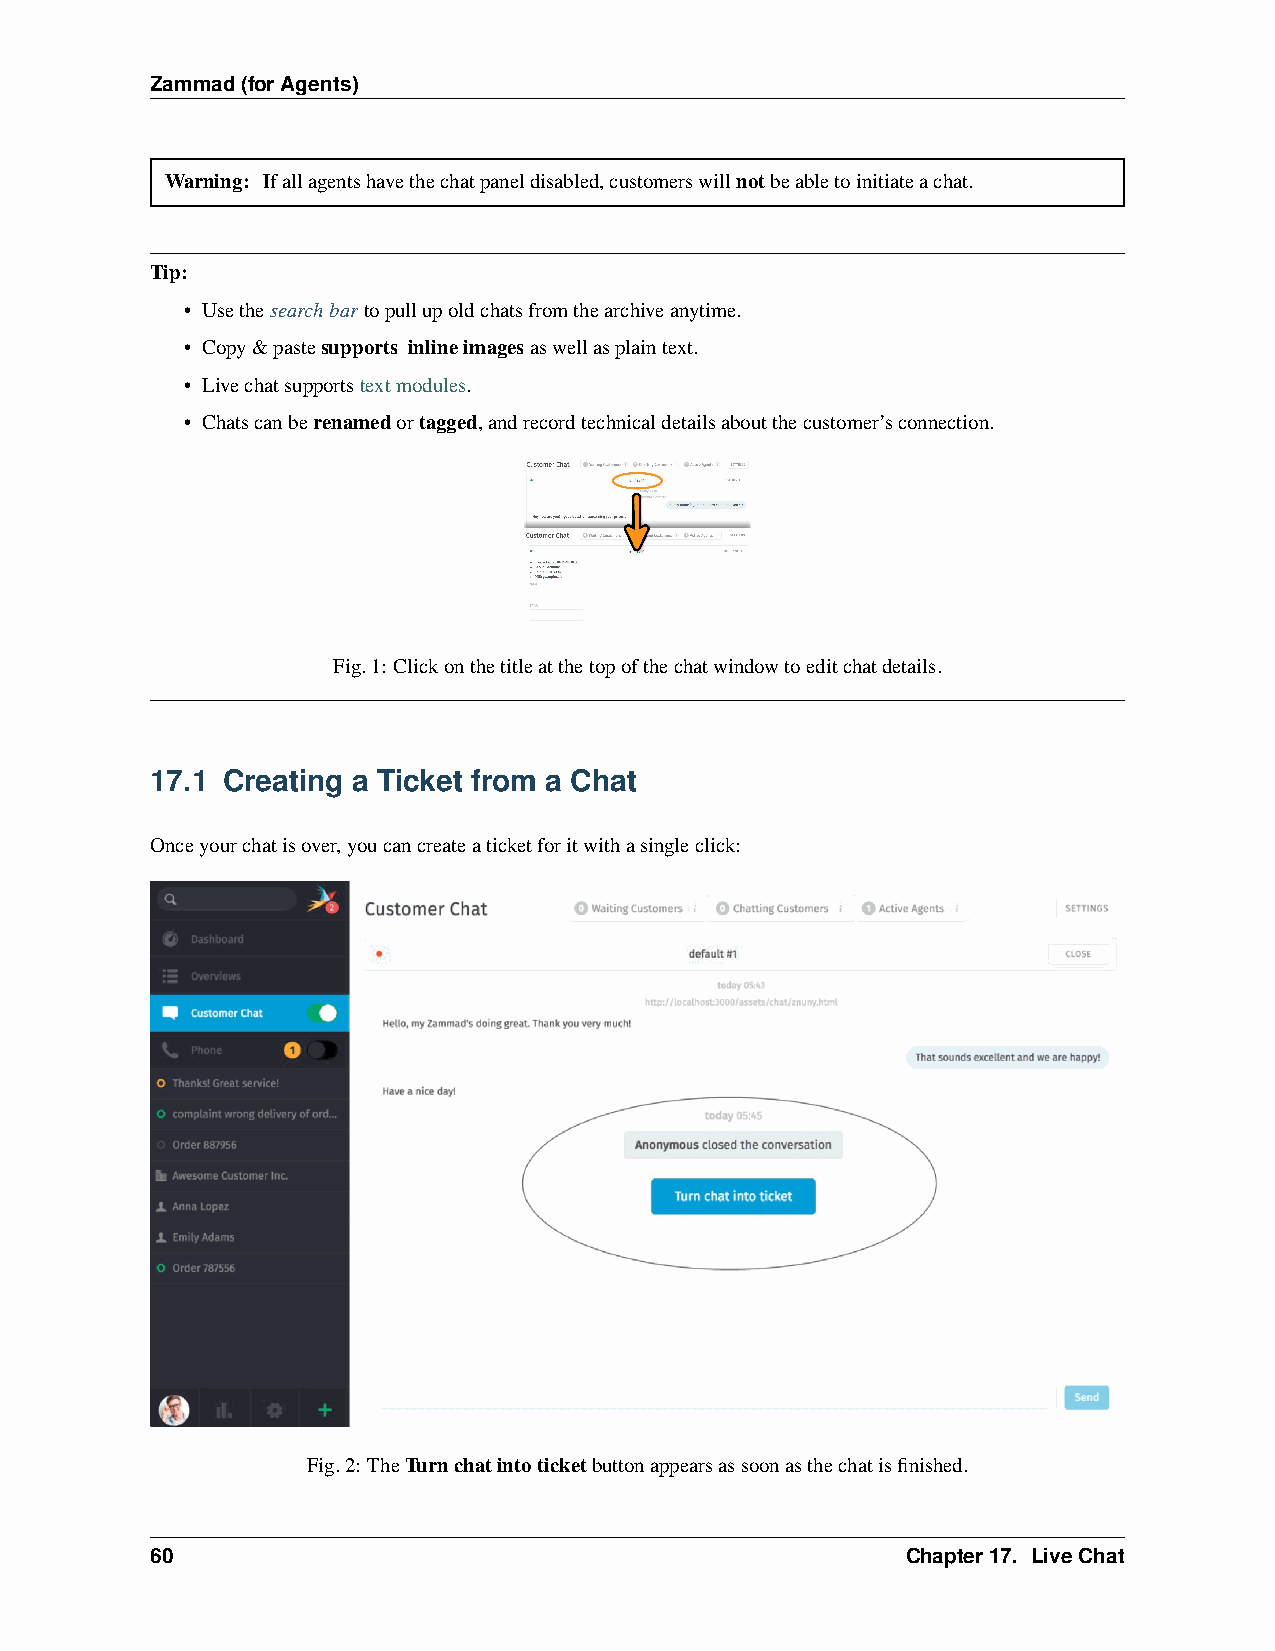
Zammad(forAgents)
 Warning: Ifallagentshavethechatpaneldisabled,customerswillnotbeabletoinitiateachat.
 Tip:
 • Usethesearchbartopullupoldchatsfromthearchiveanytime.
 • Copy&pastesupports inlineimagesaswellasplaintext.
 • Livechatsupportstextmodules.
 • Chatscanberenamedortagged,andrecordtechnicaldetailsaboutthecustomer’sconnection.
 Fig.1: Clickonthetitleatthetopofthechatwindowtoeditchatdetails.
 17.1 Creating a Ticket from a Chat
 Onceyourchatisover,youcancreateaticketforitwithasingleclick:
 Fig.2: TheTurnchatintoticketbuttonappearsassoonasthechatisfinished.
 60                                                Chapter17. LiveChat